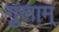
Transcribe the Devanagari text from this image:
गुलाम्